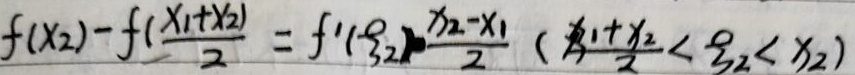
\(f(x_2)-f(\frac{x_1 + x_2}{2}) = f'(\xi_2)\frac{x_2 - x_1}{2}\)，其中\(\frac{x_1 + x_2}{2}<\xi_2<x_2\)